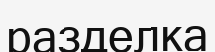
разделка